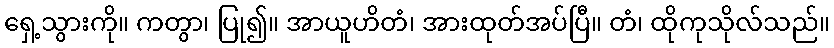
ရှေ့သွားကို။ ကတွာ၊ ပြု၍။ အာယူဟိတံ၊ အားထုတ်အပ်ပြီ။ တံ၊ ထိုကုသိုလ်သည်။